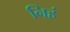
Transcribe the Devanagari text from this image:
निहं